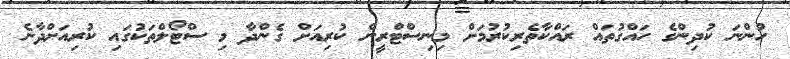
ހުންނަ ކުދިންގެ ހައްގުތައް ރައްކާތެރިކުރުމަށް މިނިސްޓްރީން ކުރިއަށް ގެންދާ މި ސްޓޯލްތަކުގައި ކުރިއަށްދާނެ